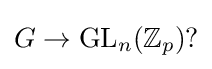
G\to \operatorname {GL} _{n}(\mathbb {Z} _{p}){\text{?}}